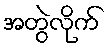
အတွဲလိုက်